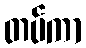
တပ်ကာ